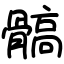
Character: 髇